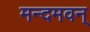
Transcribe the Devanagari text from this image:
मन्दमवन्